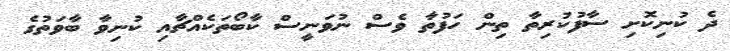
ދެ ކުނިކޮށި ސާފުކުރިތާ ތިން ހަފުތާ ވެސް ނުވަނީސް ކާބޯތަކެއްޗާއި ކުނިވާ ބާވަތުގެ